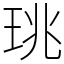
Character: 珧